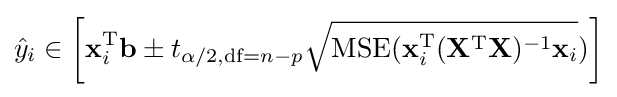
{\hat {y}}_{i}\in \left[\mathbf {x} _{i}^{\rm {T}}\mathbf {b} \pm t_{\alpha /2,{\text{df}}=n-p}{\sqrt {\operatorname {MSE} (\mathbf {x} _{i}^{\rm {T}}(\mathbf {X} ^{\rm {T}}\mathbf {X} )^{-1}\mathbf {x} _{i}}})\right]